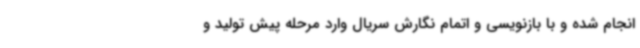
انجام شده و با بازنویسی و اتمام نگارش سریال وارد مرحله پیش تولید و